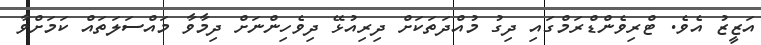
އަޒީޒު އެވެ. ޓްރިވެންޑްރަމްގައި ދިގު މުއްދަތަކަށް ދިރިއުޅޭ ދިވެހިންނަށް ދިމާވާ މައްސަލަތައް ކަމަށްވާ